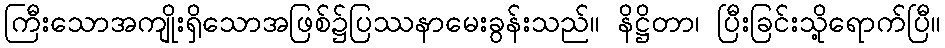
ကြီးသောအကျိုးရှိသောအဖြစ်၌ပြဿနာမေးခွန်းသည်။ နိဋ္ဌိတာ၊ ပြီးခြင်းသို့ရောက်ပြီ။